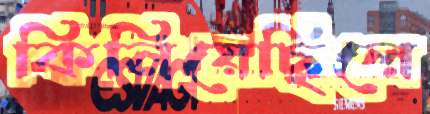
কিনিয়েছিলে